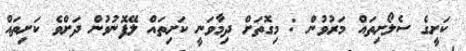
ކަށީގެ ސެލޯށިތައް މަރުވުން : މިގޮތަށް ދިމާވަނީ ކަށިތައް ލޭފޮނުވުން ދަށްވެ ކަށިތައް